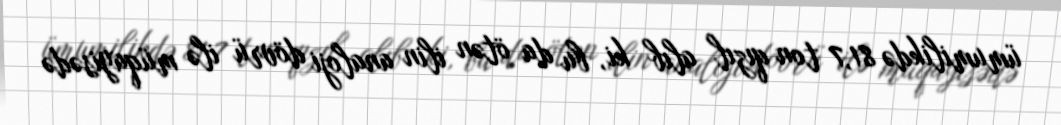
ümumilikdə 81,7 ton qızıl alıb ki, bu da ötən ilin analoji dövrü ilə müqayisədə